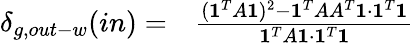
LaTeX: \begin{array}{rl}{\delta_{g,out-w}(in)=}&{{}\frac{(\mathbf{1}^{T}A\mathbf{1})^{2}-\mathbf{1}^{T}AA^{T}\mathbf{1}\cdot\mathbf{1}^{T}\mathbf{1}}{\mathbf{1}^{T}A\mathbf{1}\cdot\mathbf{1}^{T}\mathbf{1}}}\end{array}